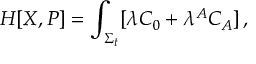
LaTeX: H [ X , P ] = \int _ { \Sigma _ { t } } [ \lambda { \cal C } _ { 0 } + \lambda ^ { A } { \cal C } _ { A } ] \, ,